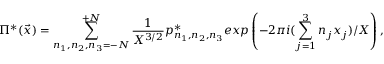
\Pi ^ { * } ( { \vec { x } } ) = \sum _ { n _ { 1 } , n _ { 2 } , n _ { 3 } = - N } ^ { + N } \frac { 1 } { X ^ { 3 / 2 } } p _ { n _ { 1 } , n _ { 2 } , n _ { 3 } } ^ { * } e x p \left( - 2 \pi i ( \sum _ { j = 1 } ^ { 3 } n _ { j } x _ { j } ) / X \right) ,